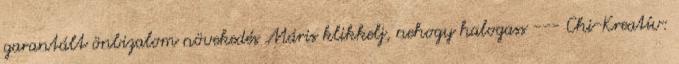
garantált önbizalom növekedés Máris klikkelj, nehogy halogass --- Chi-Kreatív: